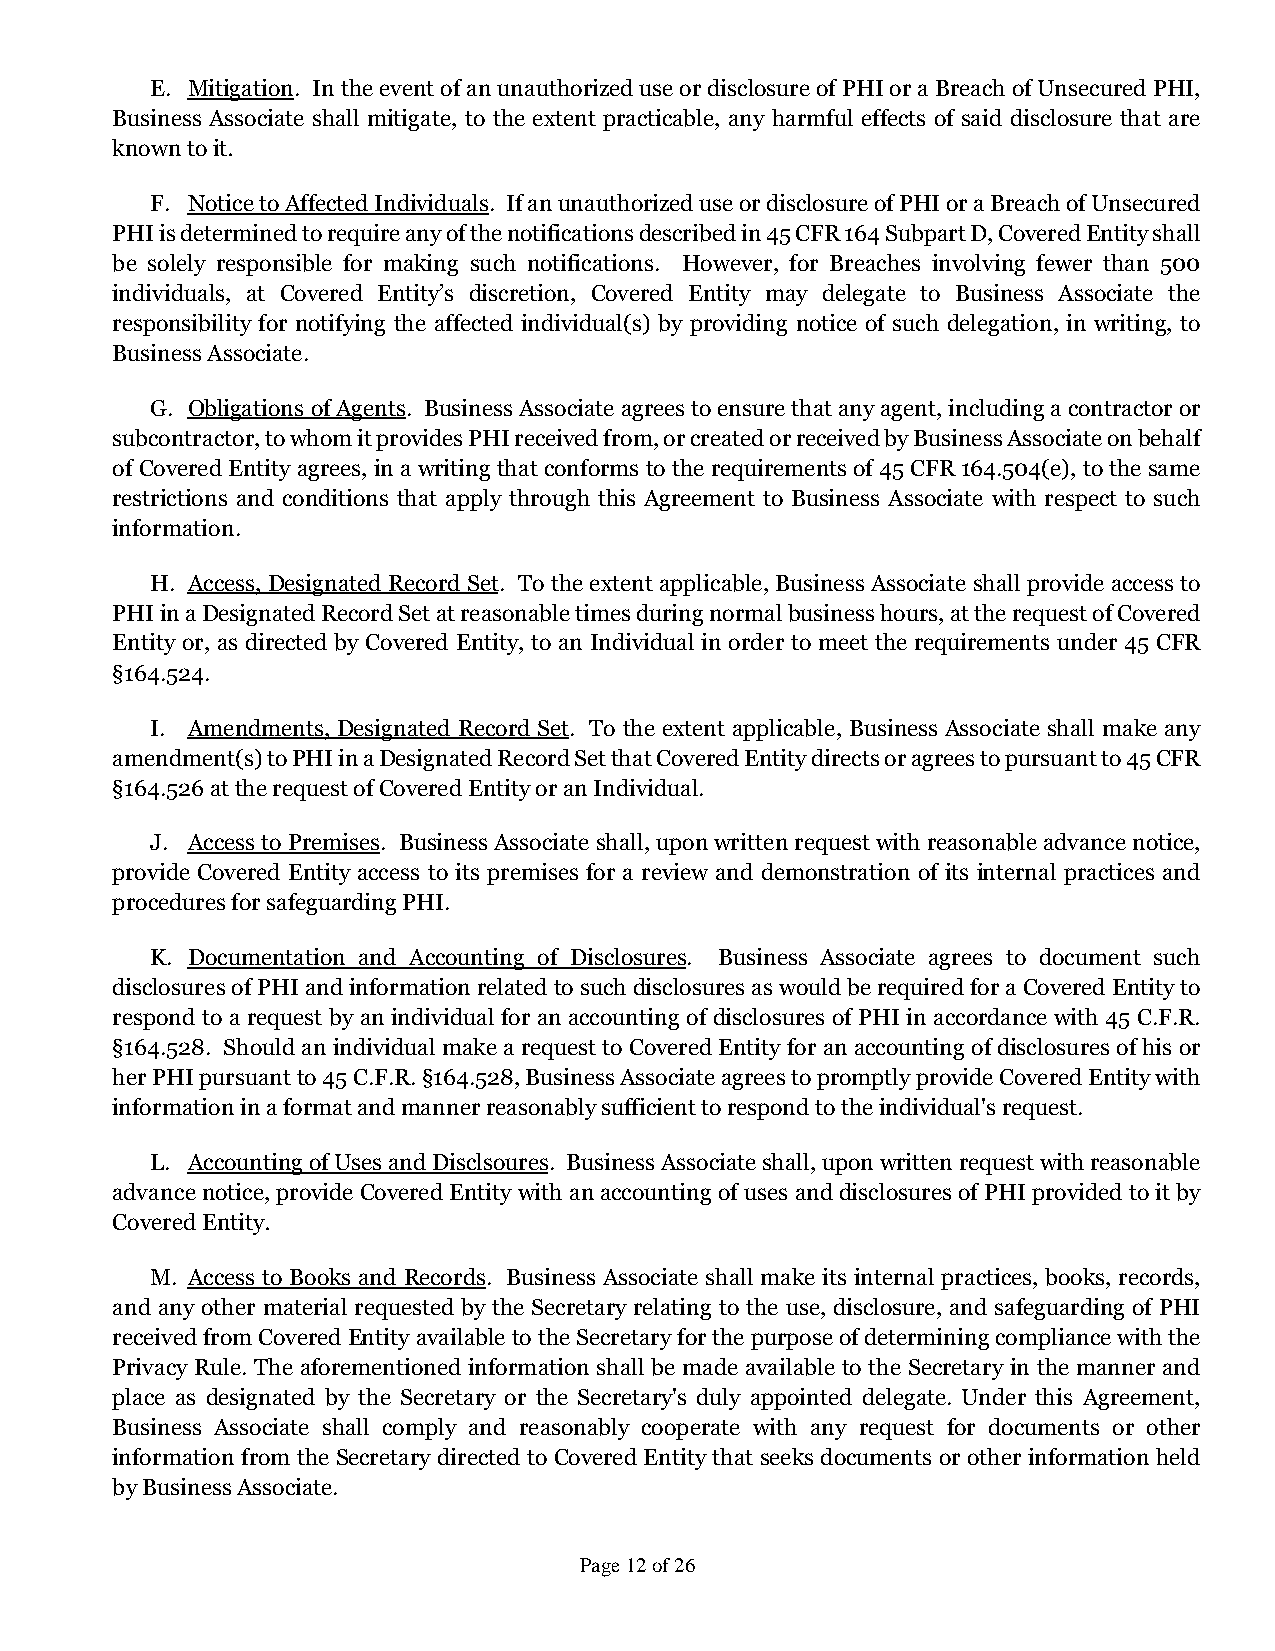
E. Mitigation. In the event of an unauthorized use or disclosure of PHI or a Breach of Unsecured PHI,
 Business Associate shall mitigate, to the extent practicable, any harmful effects of said disclosure that are
 known to it.
 F. Notice to Affected Individuals. If an unauthorized use or disclosure of PHI or a Breach of Unsecured
 PHI is determined to require any of the notifications described in 45 CFR 164 Subpart D, Covered Entity shall
 be solely responsible for making such notifications. However, for Breaches involving fewer than 500
 individuals, at Covered Entity’s discretion, Covered Entity may delegate to Business Associate the
 responsibility for notifying the affected individual(s) by providing notice of such delegation, in writing, to
 Business Associate.
 G. Obligations of Agents. Business Associate agrees to ensure that any agent, including a contractor or
 subcontractor, to whom it provides PHI received from, or created or received by Business Associate on behalf
 of Covered Entity agrees, in a writing that conforms to the requirements of 45 CFR 164.504(e), to the same
 restrictions and conditions that apply through this Agreement to Business Associate with respect to such
 information.
 H. Access, Designated Record Set. To the extent applicable, Business Associate shall provide access to
 PHI in a Designated Record Set at reasonable times during normal business hours, at the request of Covered
 Entity or, as directed by Covered Entity, to an Individual in order to meet the requirements under 45 CFR
 §164.524.
 I. Amendments, Designated Record Set. To the extent applicable, Business Associate shall make any
 amendment(s) to PHI in a Designated Record Set that Covered Entity directs or agrees to pursuant to 45 CFR
 §164.526 at the request of Covered Entity or an Individual.
 J. Access to Premises. Business Associate shall, upon written request with reasonable advance notice,
 provide Covered Entity access to its premises for a review and demonstration of its internal practices and
 procedures for safeguarding PHI.
 K. Documentation and Accounting of Disclosures. Business Associate agrees to document such
 disclosures of PHI and information related to such disclosures as would be required for a Covered Entity to
 respond to a request by an individual for an accounting of disclosures of PHI in accordance with 45 C.F.R.
 §164.528. Should an individual make a request to Covered Entity for an accounting of disclosures of his or
 her PHI pursuant to 45 C.F.R. §164.528, Business Associate agrees to promptly provide Covered Entity with
 information in a format and manner reasonably sufficient to respond to the individual's request.
 L. Accounting of Uses and Disclsoures. Business Associate shall, upon written request with reasonable
 advance notice, provide Covered Entity with an accounting of uses and disclosures of PHI provided to it by
 Covered Entity.
 M. Access to Books and Records. Business Associate shall make its internal practices, books, records,
 and any other material requested by the Secretary relating to the use, disclosure, and safeguarding of PHI
 received from Covered Entity available to the Secretary for the purpose of determining compliance with the
 Privacy Rule. The aforementioned information shall be made available to the Secretary in the manner and
 place as designated by the Secretary or the Secretary's duly appointed delegate. Under this Agreement,
 Business Associate shall comply and reasonably cooperate with any request for documents or other
 information from the Secretary directed to Covered Entity that seeks documents or other information held
 by Business Associate.
 Page 12 of 26